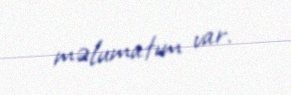
məlumatım var.